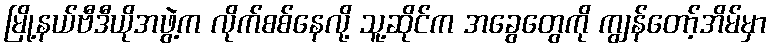
မြို့နယ်ဗီဒီယိုအဖွဲ့က လိုက်စစ်နေလို့ သူ့ဆိုင်က အခွေတွေကို ကျွန်တော့်အိမ်မှာ